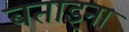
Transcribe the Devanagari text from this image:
बताइना